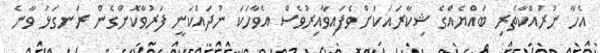
އެހާ ނުރައްކާތެރި ބައްޔެއްގެ ޝިކާރައަކަށް ވެފައިވާއިރުވެސް އެވާހަކަ ނުދައްކަނީ ފަރުވާކޮށްގެން ރަނގަޅު ވާނެ